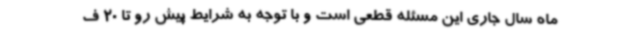
ماه سال جاری این مسئله قطعی است و با توجه به شرایط پیش رو تا 20 ف